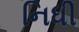
નિધી